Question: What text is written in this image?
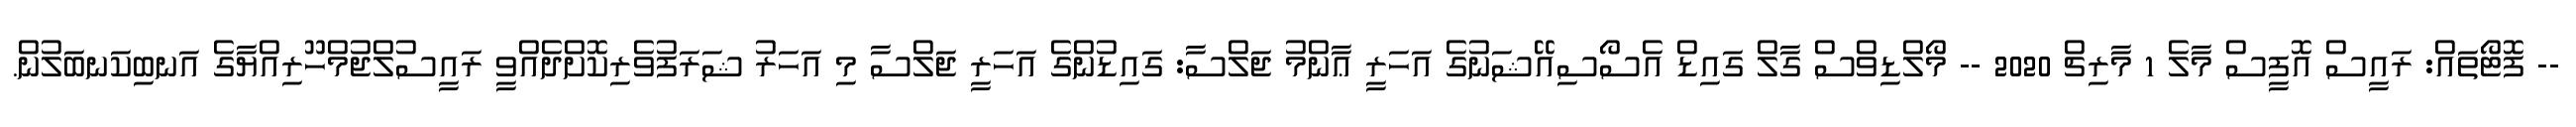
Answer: -- ފޮޓޯތައް: ރައީސް އޮފީސް މާލެ 1 މާރިޗް 2020 -- މޯލްޑިވްސް ގާލް ގައިޑް އެސޯސިއޭޝަނުގެ އަހަރީ ޢާންމު ޖަލްސާ: ގައިޑުންގެ އަހަރީ ޖަލްސާ މި އަހަރު ޝަރަފުވެރިކޮށްދެއްވީ ރައީސުލްޖުމްހޫރިއްޔާގެ އަނބިކަނބަލުން.